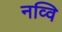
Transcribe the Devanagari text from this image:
नव्वि